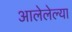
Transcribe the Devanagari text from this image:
आलेलेल्या